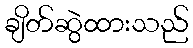
ချိတ်ဆွဲထားသည်